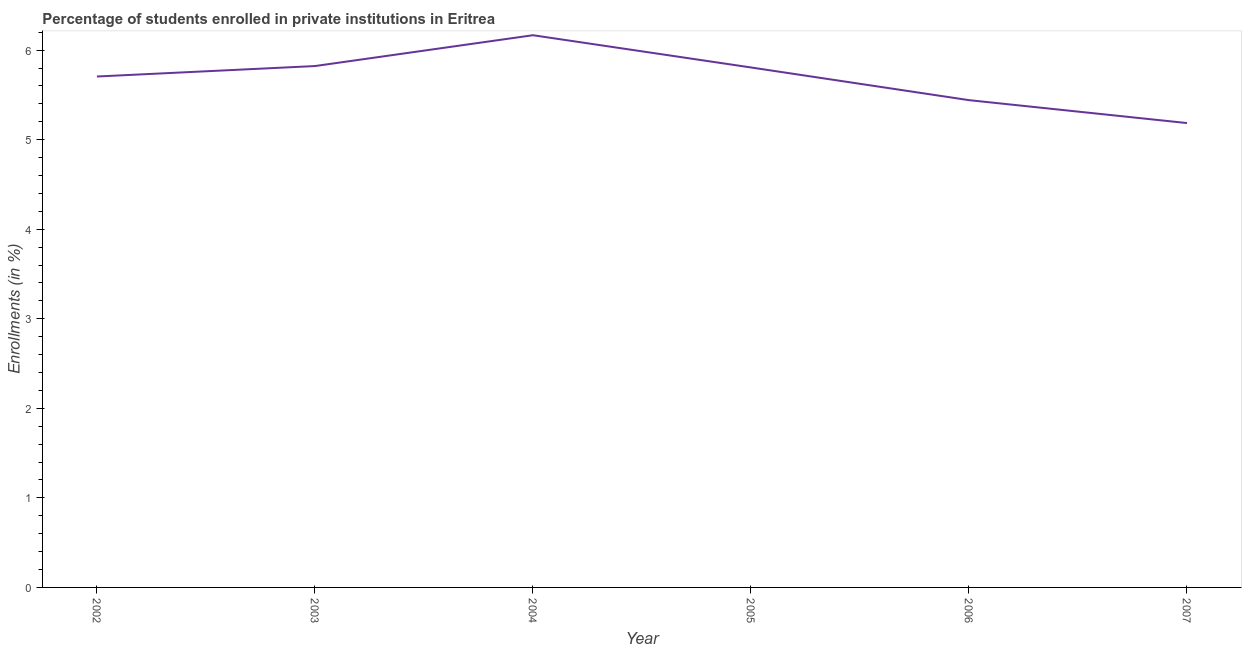
| Year | Enrollments |
 | --- | --- |
 | 2002 | 5.71 |
 | 2003 | 5.82 |
 | 2004 | 6.17 |
 | 2005 | 5.81 |
 | 2006 | 5.44 |
 | 2007 | 5.19 |